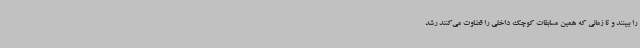
را ببینند و تا زمانی که همین مسابقات کوچک داخلی را قضاوت می‌کنند رشد